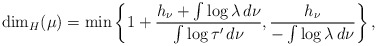
\begin{align*}\dim _H ( \mu )= \min \left\{ 1 + \frac{ h _\nu + \int \log \lambda \, d \nu }{\int \log \tau ' \, d \nu} , \frac{h _\nu}{- \int \log \lambda \, d \nu} \right\} ,\end{align*}